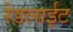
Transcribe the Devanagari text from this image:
रेडलाईट